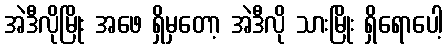
အဲဒီလိုမြိုး အဖေ ရှိမှတော့ အဲဒီလို သားမြိုး ရှိရောပေါ့